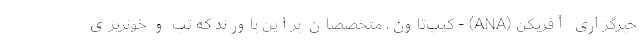
خبرگزاری آفریکن (ANA) - کیپ‌تاون، متخصصان براین باورند که تب و خونریزی